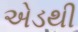
એડથી